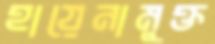
হায়েনামুক্ত